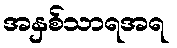
အနှစ်သာရအရ